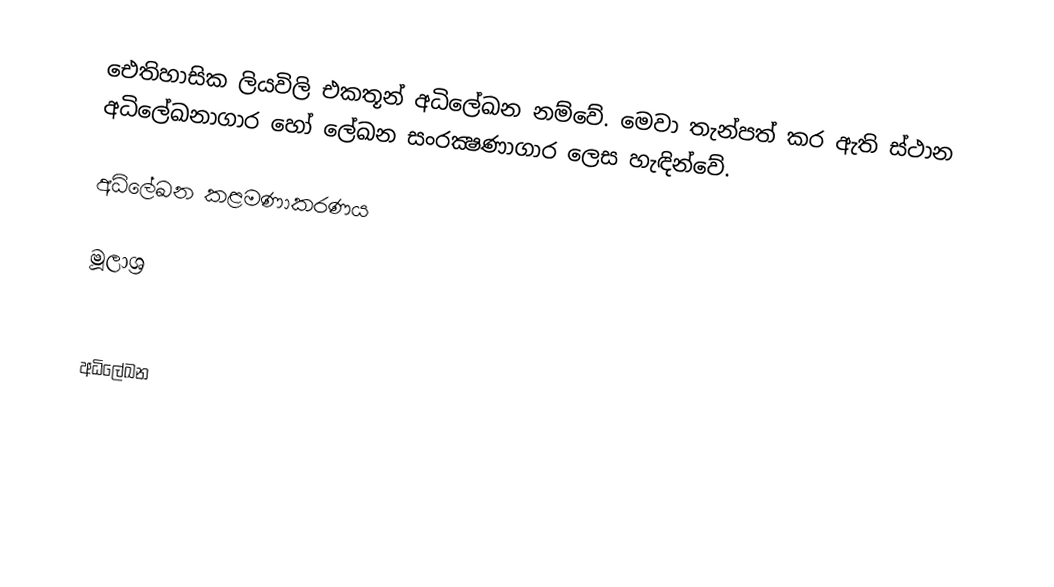
ඓතිහාසික ලියවිලි එකතූන් අධිලේඛන නම්වේ. මෙවා තැන්පත් කර ඇති ස්ථාන අධිලේඛනාගාර හෝ ලේඛන සංරක්‍ෂණාගාර ලෙස හැඳින්වේ.

අධිලේඛන කළමණාකරණය

මූලාශ්‍ර

අධිලේඛන